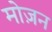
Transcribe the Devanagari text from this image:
मोज़न